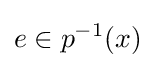
e\in p^{-1}(x)